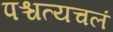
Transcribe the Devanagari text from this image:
पश्चत्यचलं